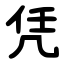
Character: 凭